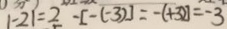
\vert - 2 \vert = 2 - [ - ( - 3 ) ] = - ( + 3 ) = - 3